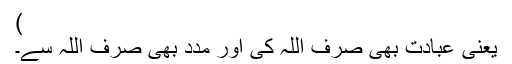
)
یعنی عبادت بھی صرف اللہ کی اور مدد بھی صرف اللہ سے۔